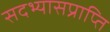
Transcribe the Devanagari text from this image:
सदभ्यासप्राप्ति